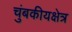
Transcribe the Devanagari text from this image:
चुंबकीयक्षेत्र